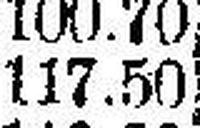
117.50